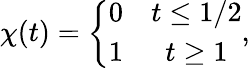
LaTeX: \chi(t)=\left\{ \begin{array}{cc}{{0}}&{{t\leq 1/2}}\\ {{1}}&{{t\geq 1}}\end{array}\right.,